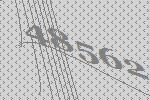
48562